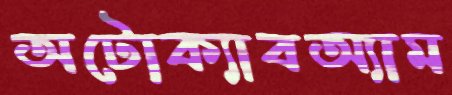
অটোক্যাবঅ্যাম